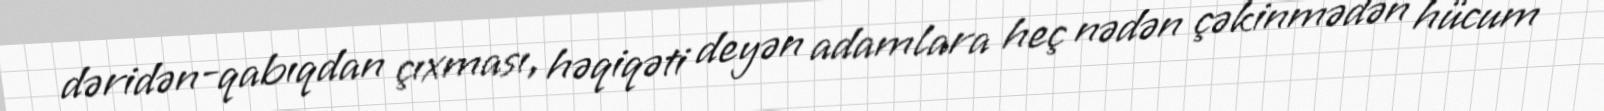
dəridən-qabıqdan çıxması, həqiqəti deyən adamlara heç nədən çəkinmədən hücum